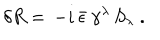
\delta R = \, - i \, \bar { \epsilon } \, \gamma ^ { \lambda } \, S _ { \lambda } \; .